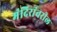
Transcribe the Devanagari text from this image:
मंदिरांवरील